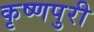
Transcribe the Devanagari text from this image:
कृष्णपुरी